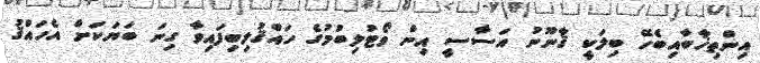
އިންތިޚާބާއިބެހޭ ބިލަކީ ޤާނޫނު އަސާސީ އިން ވޯޓުލިބުމުގެ ހައްޤުލިބިފައިވާ ގިނަ ބަޔަކަށް އެހައްޤު